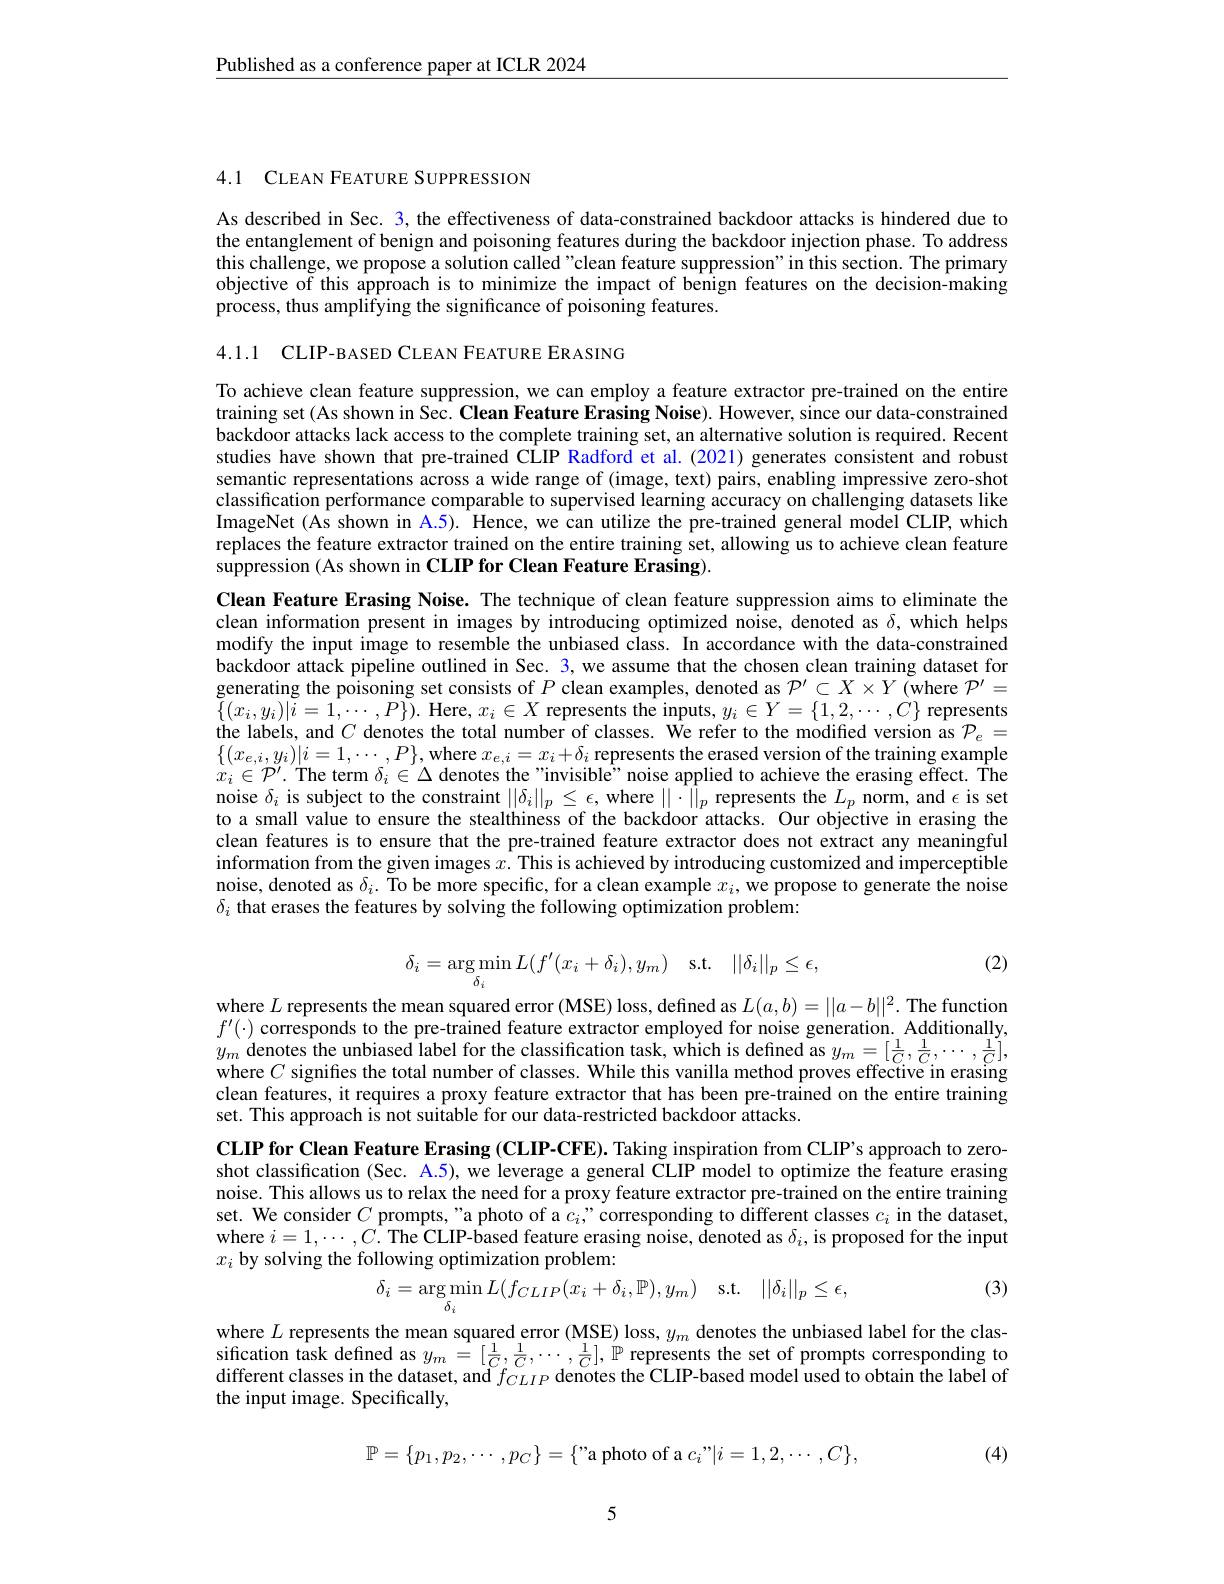
$\underline{\text{Published as a conference paper at ICLR 2024}}$

4.1 CLEAN FEATURE SUPPRESSION

As described in Sec. 3, the effectiveness of data-constrained backdoor attacks is hindered due to the entanglement of benign and poisoning features during the backdoor injection phase. To address this challenge, we propose a solution called"clean feature suppression" in this section. The primary objective of this approach is to minimize the impact of benign features on the decision-making process, thus amplifying the significance of poisoning features.

4.1.1 CLIP-BASED CLEAN FEATURE ERASING

To achieve clean feature suppression, we can employ a feature extractor pre-trained on the entire training set (As shown in Sec. Clean Feature Erasing Noise). However, since our data-constrained backdoor attacks lack access to the complete training set, an alternative solution is required. Recent studies have shown that pre-trained CLIP Radford et al.(2021) generates consistent and robust semantic representations across a wide range of (image, text) pairs, enabling impressive zero-shot classification performance comparable to supervised learning accuracy on challenging datasets like ImageNet (As shown in A.5). Hence, we can utilize the pre-trained general model CLIP, which replaces the feature extractor trained on the entire training set, allowing us to achieve clean feature suppression (As shown in CLIP for Clean Feature Erasing).

Clean Feature Erasing Noise. The technique of clean feature suppression aims to eliminate the clean information present in images by introducing optimized noise, denoted as $\delta$, which helps modify the input image to resemble the unbiased class. In accordance with the data-constrained backdoor attack pipeline outlined in Sec. 3, we assume that the chosen clean training dataset for generating the poisoning set consists of $P$ clean examples, denoted as $\mathcal{P}^\prime\subset X\times Y$ (where $\mathcal{P}^\prime=$ $\{(x_{i},y_{i})|i=1,\cdots,P\}).$ Here, $x_i\in X$ represents the inputs, $y_i\in Y=\{1,2,\cdots,C\}$ represents the labels, and $C$ denotes the total number of classes. We refer to the modified version as $\mathcal{P}_e=$ $\{(x_{e,i},y_i)|i=1,\cdots,P\}$,where $x_e,i=x_i+\delta_i$ represents the erased version of the training example $x_i\in\mathcal{P}^{\prime}.$ The term $\delta_i\in\Delta$ denotes the"invisible" noise applied to achieve the erasing effect. The noise $\delta_i$ is subject to the constraint $||\delta_i||_p\leq\epsilon$, where $||\cdot||_p$ represents the $L_p$ norm, and $\epsilon$ is set to a small value to ensure the stealthiness of the backdoor attacks. Our objective in erasing the clean features is to ensure that the pre-trained feature extractor does not extract any meaningful information from the given images $x.$ This is achieved by introducing customized and imperceptible noise, denoted as $\delta_i.$ To be more specific, for a clean example $x_i$, we propose to generate the noise $\delta_i$ that erases the features by solving the following optimization problem:
$$\delta_{i}=\arg\min_{\delta_{i}}L(f^{\prime}(x_{i}+\delta_{i}),y_{m})\quad\mathrm{s.t.}\quad||\delta_{i}||_{p}\leq\epsilon,$$
(2)

where $L$ represents the mean squared error (MSE) loss, defined as $L(a,b)=||a-b||^2.$ The function $f^{\prime}(\cdot)$ corresponds to the pre-trained feature extractor employed for noise generation. Additionally, $y_{m}$ denotes the unbiased label for the classification task, which is defined as $y_m=[\frac1C,\frac1C,\cdots,\frac1C]$, where $C$ signifies the total number of classes. While this vanilla method proves effective in erasing clean features, it requires a proxy feature extractor that has been pre-trained on the entire training set. This approach is not suitable for our data-restricted backdoor attacks.

CLIP for Clean Feature Erasing (CLIP-CFE). Taking inspiration from CLIP's approach to zeroshot classification (Sec. A.5), we leverage a general CLIP model to optimize the feature erasing noise. This allows us to relax the need for a proxy feature extractor pre-trained on the entire training set. We consider $C$ prompts, "a photo of a $c_i$,"corresponding to different classes $c_i$ in the dataset, where $i=1,\cdots,C.$ The CLIP-based feature erasing noise, denoted as $\delta_i$, is proposed for the input $x_i$ by solving the following optimization problem:
(3)
$$\delta_i=\underset{\delta_i}{\arg\min}L(f_{CLIP}(x_i+\delta_i,\mathbb{P}),y_m)\quad\mathrm{s.t.}\quad||\delta_i||_p\leq\epsilon,$$
where $L$ represents the mean squared error (MSE) loss, $y_m$ denotes the unbiased label for the clas- $\begin{array}{ll}\text{sification task defined as }y_{m}&=[\frac{1}{C},\frac{1}{C},\cdots,\frac{1}{C}],\mathbb{P}\\\text{represents the set of prompts corresponding to}\end{array}$ different classes in the dataset, and $f_CLIP$ denotes the CLIP-based model used to obtain the label of the input image. Specifically,
$$\mathbb{P}=\{p_1,p_2,\cdots,p_C\}=\{\text{''a photo of a }c_i"|i=1,2,\cdots,C\},$$
(4)

5